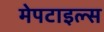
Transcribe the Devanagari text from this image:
मेपटाइल्स